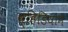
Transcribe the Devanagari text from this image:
व्हिडियोने